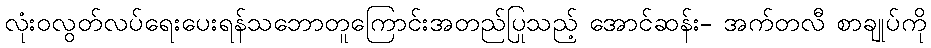
လုံးဝလွတ်လပ်ရေးပေးရန်သဘောတူကြောင်းအတည်ပြုသည့် အောင်ဆန်း- အက်တလီ စာချုပ်ကို